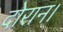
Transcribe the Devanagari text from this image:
दोरान।